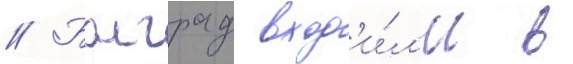
// Болград вход'и́л'и в